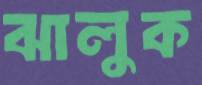
ঝালুক